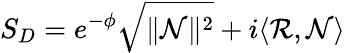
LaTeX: S_{D}=e^{-\phi}\sqrt{\| \mathcal{N}\| ^{2}}+i\langle\mathcal{R},\mathcal{N}\rangle